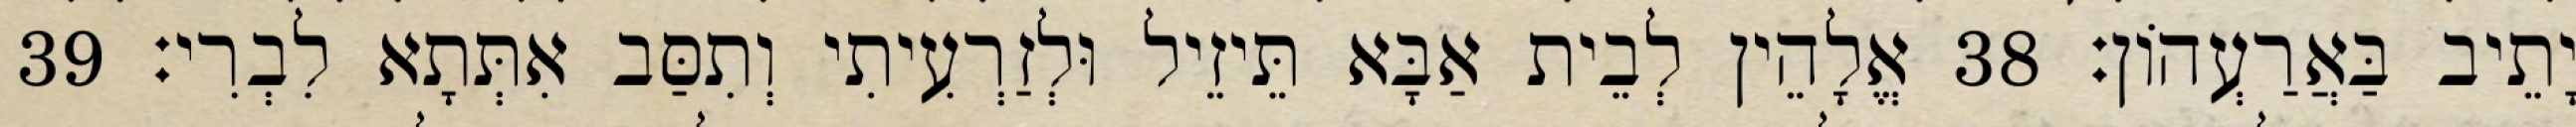
יָתֵיב בַּאֲרַעְהוֹן׃ 38 אֱלָהֵין לְבֵית אַבָּא תֵּיזֵיל וּלְזַרְעִיתִי וְתִסַּב אִתְּתָא לִבְרִי׃ 39